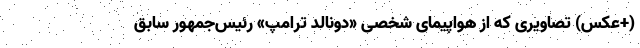
(+عکس) تصاویری که از هواپیمای شخصی «دونالد ترامپ» رئیس‌جمهور سابق